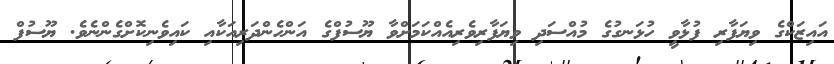
އައިޒަކްގެ ވިޔަފާރި ފުޅާވީ ހުޅަނގުގެ މުއްސަދި ވިޔަފާރިވެރިއެއްކަމަށްވާ ޔޫސުފްގެ އަންހެންދަރިއަކާއި ކައިވެނިކޮށްގެންނެވެ. ޔޫސުފް